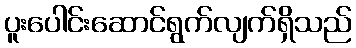
ပူးပေါင်းဆောင်ရွက်လျက်ရှိသည်